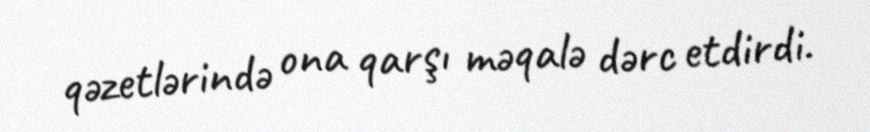
qəzetlərində ona qarşı məqalə dərc etdirdi.